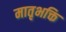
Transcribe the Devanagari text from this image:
मातृभक्ति